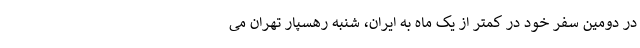
در دومین سفر خود در کمتر از یک ماه به ایران، شنبه رهسپار تهران می